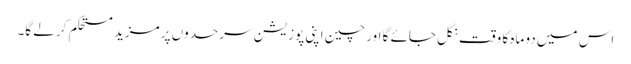
اس میں دو ماہ کا وقت نکل جائے گا اور چین اپنی پوزیشن سرحدوں پر مزید مستحکم کر لے گا۔